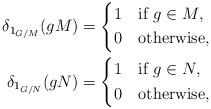
LaTeX: \begin{align*}\delta_{1_{G/M}}(gM)&=\begin{dcases*}1 & if $g\in M$, \\0 & otherwise,\end{dcases*} \\\delta_{1_{G/N}}(gN)&=\begin{dcases*}1 & if $g\in N$, \\0 & otherwise,\end{dcases*}\end{align*}